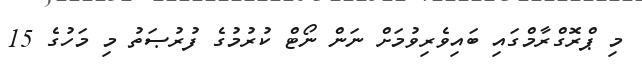
މި ޕްރޮގްރާމްގައި ބައިވެރިވުމަށް ނަން ނޯޓް ކުރުމުގެ ފުރުޞަތު މި މަހުގެ 15